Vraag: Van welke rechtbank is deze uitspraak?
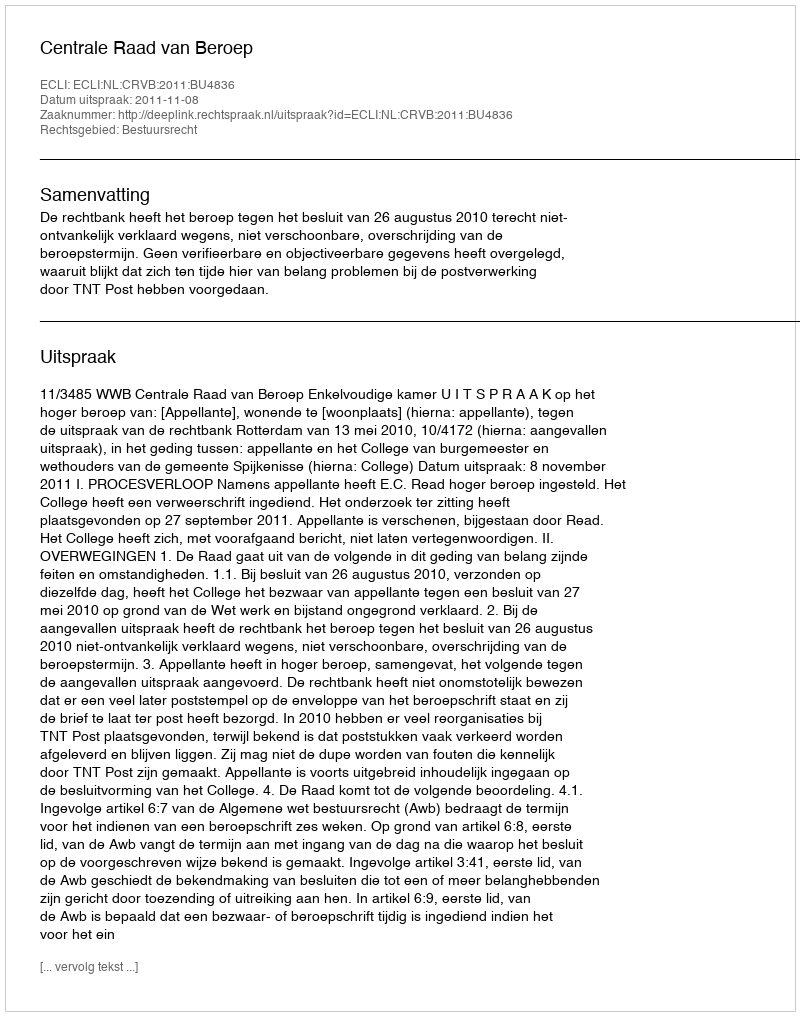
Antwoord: Centrale Raad van Beroep